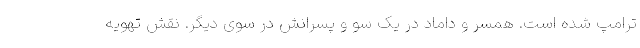
ترامپ شده است. همسر و داماد در یک سو و پسرانش در سوی دیگر. نقش تهویه